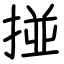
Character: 掽